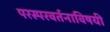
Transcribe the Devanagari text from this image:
परस्परवर्तनाविषयी